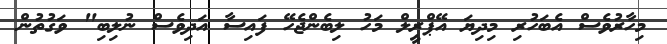
މިހާރުވެސް އެބަހުރި މިދިޔަ އޭޕްރީލް މަހު ލިބެންޖެހޭ ފައިސާ އަދިވެސް ނުލިބި" ވަގުތުން